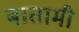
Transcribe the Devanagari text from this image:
बातामी